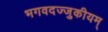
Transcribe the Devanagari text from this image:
भगवदज्जुकीयम्‌